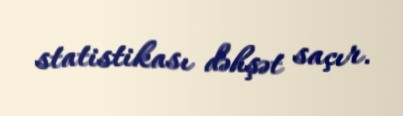
statistikası dəhşət saçır.